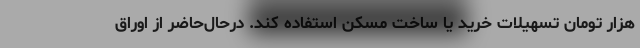
هزار تومان تسهیلات خرید یا ساخت مسکن استفاده کند. ‌درحال‌حاضر از اوراق